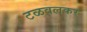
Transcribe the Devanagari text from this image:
टळवलकर